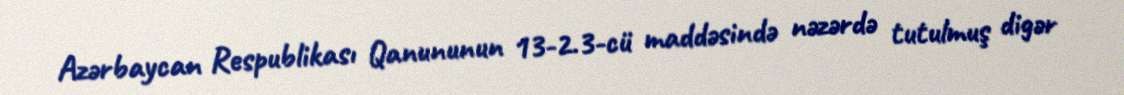
Azərbaycan Respublikası Qanununun 13-2.3-cü maddəsində nəzərdə tutulmuş digər